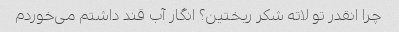
چرا انقدر تو لاته شکر ریختین؟ انگار آب قند داشتم می‌خوردم